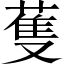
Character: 蒦